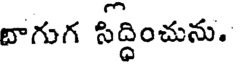
బాగుగ సద్దించును.